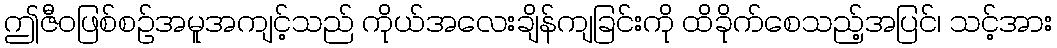
ဤဇီဝဖြစ်စဉ်အမူအကျင့်သည် ကိုယ်အလေးချိန်ကျခြင်းကို ထိခိုက်စေသည့်အပြင်၊ သင့်အား